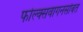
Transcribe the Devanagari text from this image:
फोल्क्सवागनसोबत